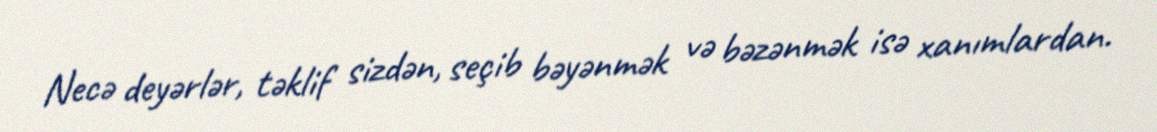
Necə deyərlər, təklif sizdən, seçib bəyənmək və bəzənmək isə xanımlardan.